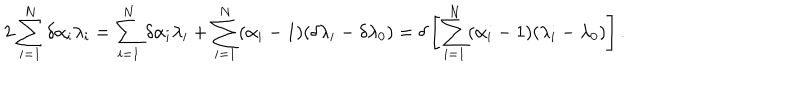
2 \sum _ { i = 1 } ^ { N } \delta \alpha _ { i } \lambda _ { i } = \sum _ { i = 1 } ^ { N } \delta \alpha _ { i } \lambda _ { i } + \sum _ { i = 1 } ^ { N } ( \alpha _ { i } - 1 ) ( \delta \lambda _ { i } - \delta \lambda _ { 0 } ) = \delta \left[ \sum _ { i = 1 } ^ { N } ( \alpha _ { i } - 1 ) ( \lambda _ { i } - \lambda _ { 0 } ) \right] .